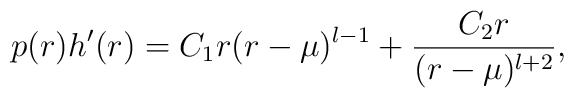
p(r)h'(r) = C_1 r(r - \mu)^{l-1} + {C_2 r \over (r - \mu)^{l +2}},